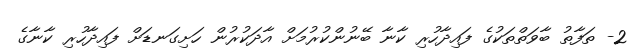
2- ތަފާތު ބާވަތްތަކުގެ ފައިދާހުރި ކާނާ ބޭނުންކުރުމަށް އާދަކުރުން ހަށިގަނޑަށް ފައިދާހުރި ކާނާގެ